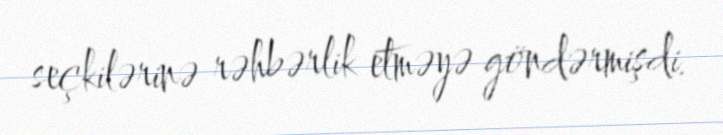
seçkilərinə rəhbərlik etməyə göndərmişdi.